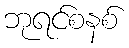
ဘုရင်စနစ်